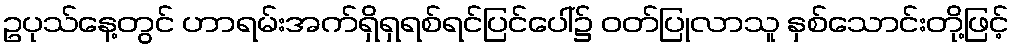
ဥပုသ်နေ့တွင် ဟာရမ်းအက်ရှိရှရစ်ရင်ပြင်ပေါ်၌ ဝတ်ပြုလာသူ နှစ်သောင်းတို့ဖြင့်